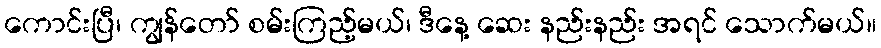
ကောင်းပြီ၊ ကျွန်တော် စမ်းကြည့်မယ်၊ ဒီနေ့ ဆေး နည်းနည်း အရင် သောက်မယ်။